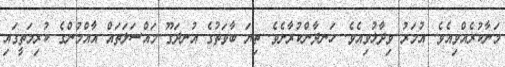
މަނާކުރެއްވިއެވެ. އުމަރު ވިދާޅުވިއެވެ. ހަނދާންކުރާށެވެ. ތިޔަ ބާވަތުގެ އުނދަގޫ މައްސަލަތައް އާއްމުންގެ ކުރިމަތީގައި